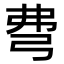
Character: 𢏇